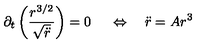
\partial _ { t } \left( \frac { r ^ { 3 / 2 } } { \sqrt { \ddot { r } } } \right) = 0 \ \quad \Leftrightarrow \quad \ddot { r } = A r ^ { 3 }